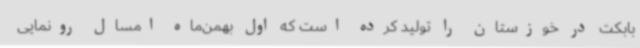
بابکت در خوزستان را تولید کرده است که اول بهمن‌ماه امسال رونمایی